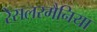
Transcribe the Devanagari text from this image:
रेसलरमैनिया